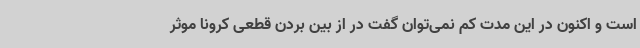
است و اکنون در این مدت کم نمی‌توان گفت در از بین بردن قطعی کرونا موثر